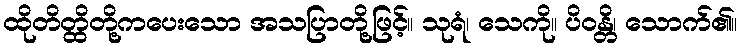
ထိုတိတ္ထိတို့ကပေးသော အသပြာတို့ဖြင့်။ သုရံ၊ သေကို။ ပိဝန္တိ၊ သောက်၏။